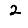
Digit: 2